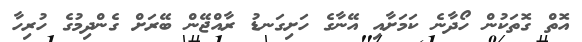
އޮތް ގޮތަކުން ހޯދާނެ ކަމަށާއި އޭނާގެ ހަށިގަނޑު ރާއްޖޭން ބޭރަށް ގެންދިމުގެ ހުރިހާ